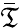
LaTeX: \bar{\mathfrak{T}}